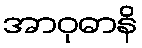
အာဝုဓာနိ